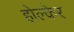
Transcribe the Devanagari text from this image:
होल्केर